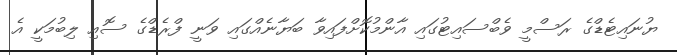
ޔުނައިޓެޑްގެ ރަސްމީ ވެބްސައިޓުގައި އާންމުކޮށްފައިވާ ބަޔާނެއްގައި ވަނީ ފްރެޑްގެ ސޮއި ލިބުމަކީ އެ